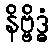
နိဗ္ဗိဒ္ဓံ